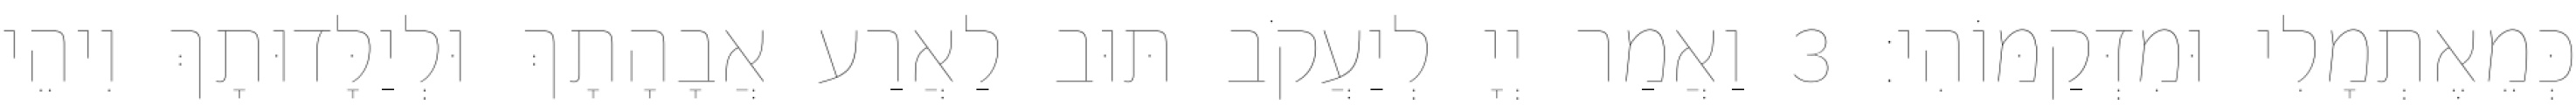
כְּמֵאֶתְמָלִי וּמִדְּקַמּוֹהִי׃ 3 וַאֲמַר יְיָ לְיַעֲקֹב תּוּב לַאֲרַע אֲבָהָתָךְ וּלְיַלָּדוּתָךְ וִיהֵי